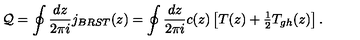
{ \cal Q } = \oint \frac { d z } { 2 \pi i } j _ { B R S T } ( z ) = \oint \frac { d z } { 2 \pi i } c ( z ) \left[ T ( z ) + \textstyle { \frac { 1 } { 2 } } T _ { g h } ( z ) \right] .